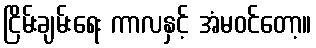
ငြိမ်းချမ်းရေး ကာလနှင့် အံမဝင်တော့။